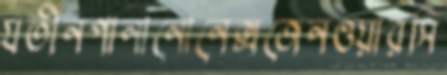
যতীনপানানোনেক্সজেনওয়ারসি